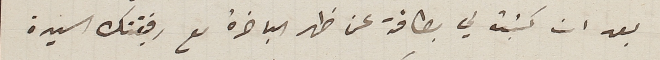
بعد ان كتبت لي بطاقة عن ظهر الباخرة مع رفيقتك السيدة